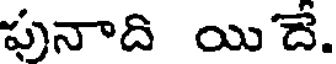
పునాది యిదే.